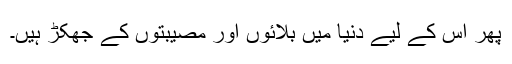
پھر اس کے لیے دنیا میں بلائوں اور مصیبتوں کے جھکڑ ہیں۔